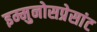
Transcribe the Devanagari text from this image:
इम्मुनोसप्रेसांट